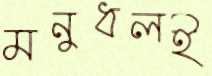
মনুধলই